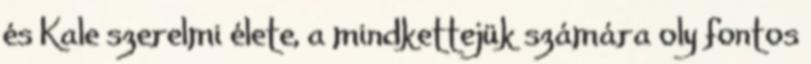
és Kale szerelmi élete, a mindkettejük számára oly fontos